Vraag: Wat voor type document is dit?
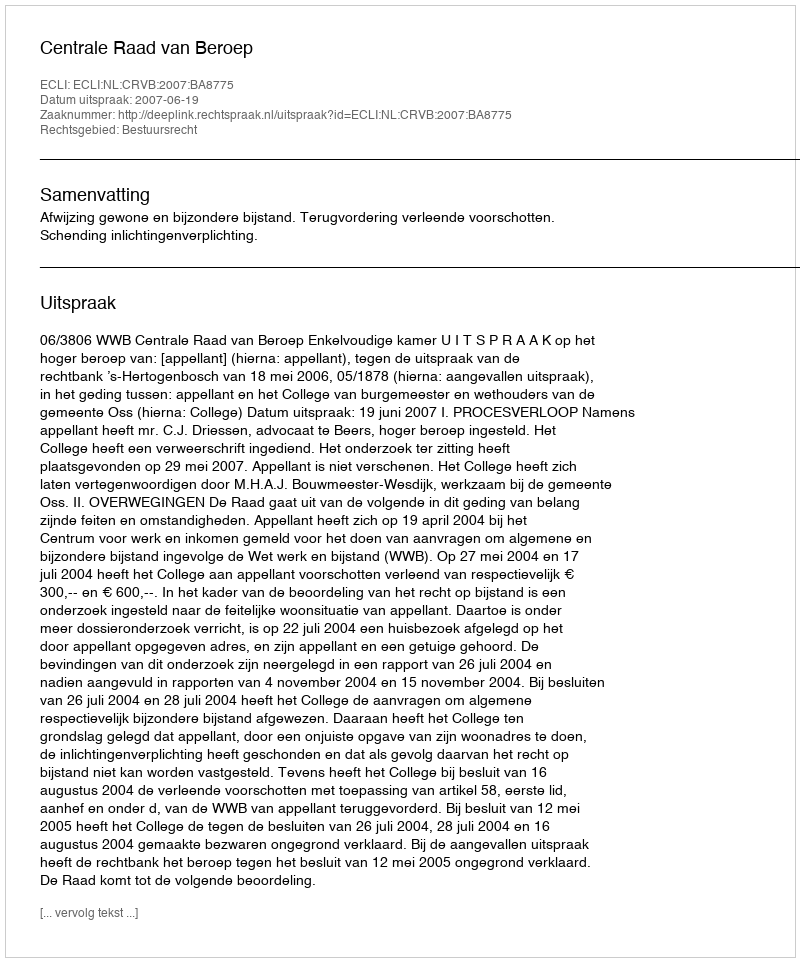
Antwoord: Uitspraak